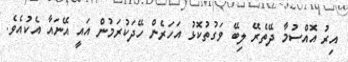
އިރު އޮއްސުމާ ދޭތެރޭ ލިބޭ ވަގުތުކޮޅު އަހަރެން ހޭދަކުރަމުން އައީ އޭނައާ އެކުއެވެ.